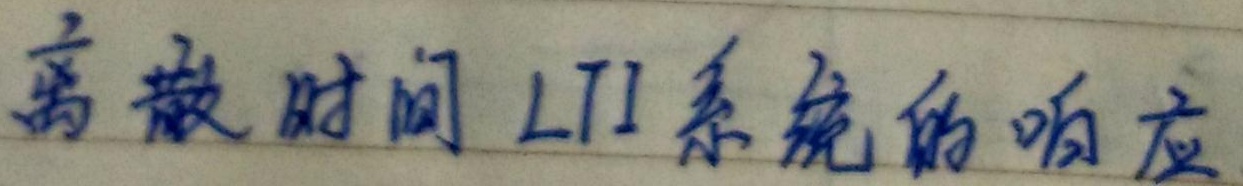
离散时间 LTI系统的响应